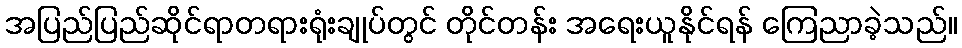
အပြည်ပြည်ဆိုင်ရာတရားရုံးချုပ်တွင် တိုင်တန်း အရေးယူနိုင်ရန် ကြေညာခဲ့သည်။